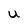
Character: U